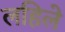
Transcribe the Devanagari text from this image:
लहिले